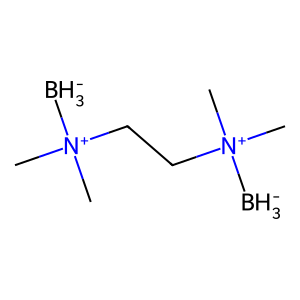
SMILES: [BH3-][N+](C)(C)CC[N+]([BH3-])(C)C
Inhibits HIV replication: No